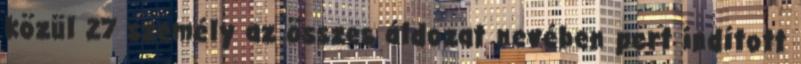
közül 27 személy az összes áldozat nevében pert indított